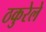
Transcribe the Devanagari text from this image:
ठकुरेले